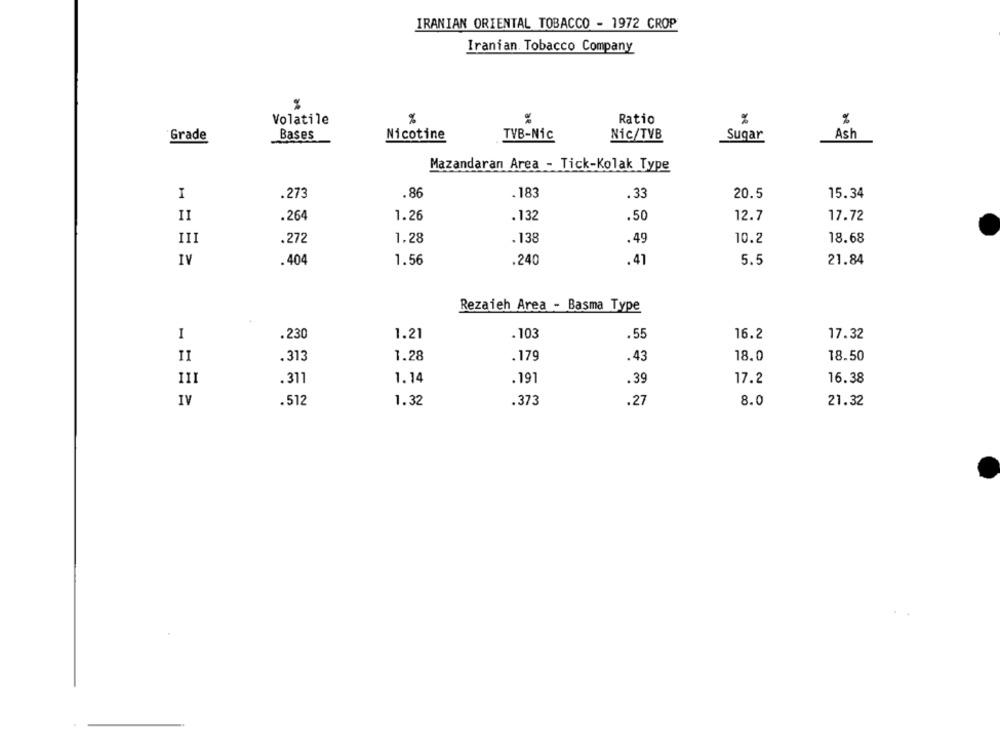
IRANIAN ORIENTAL TOBACCO - 1972 CROP
Iranian. Tobacco Company
%
Volatile
%
Ratio
%
%
Bases
Nicotine
TVB-Nic
Nic/TVB
Sugar
Ash
Grade
Mazandaran Area - Tick-Kolak Type
I
.273
.86
. 183
.33
20.5
15.34
II
.264
1.26
. 132
.50
12.7
17.72
.272
1,28
.138
.49
10.2
18.68
IV
. 404
1.56
.240
.41
5.5
21.84
Rezaich Area - Basma Type
I
.230
1.21
. 103
.55
16.2
17.32
II
.313
1.28
. 179
.43
18.0
18.50
II
.311
1.14
.191
.39
17.2
16.38
IV
.512
1.32
.373
.27
8.0
21.32